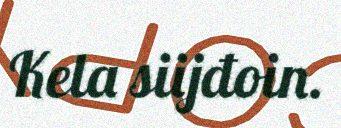
Kela siijđoin.